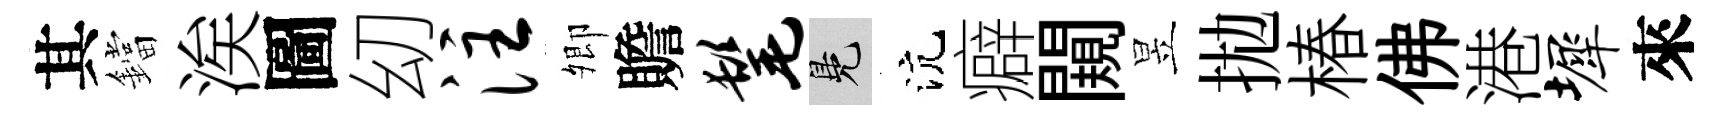
其鐺涘圖㓜注𡖖贍髦鳬沆癖闚昱拋椿佛港墀來